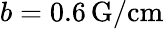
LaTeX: b=0.6\, \textrm{G/cm}